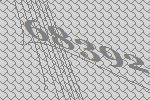
68392